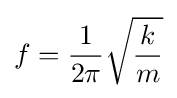
f={1 \over 2\pi }{\sqrt {k \over m}}